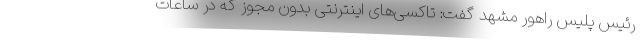
رئیس پلیس راهور مشهد گفت: تاکسی‌های اینترنتی بدون مجوز که در ساعات